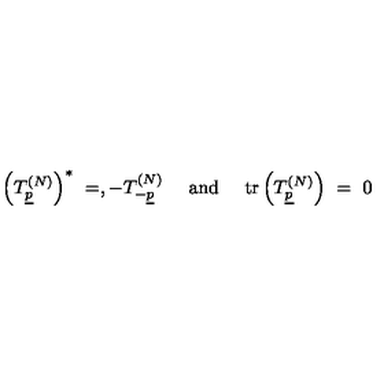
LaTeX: \left( T _ { \underline { { p } } } ^ { ( N ) } \right) ^ { * } \ = , - T _ { - \underline { { p } } } ^ { ( N ) } \ \quad \mathrm { a n d } \quad \ \mathrm { t r } \left( T _ { \underline { { p } } } ^ { ( N ) } \right) \ = \ 0